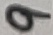
Text: 9